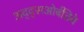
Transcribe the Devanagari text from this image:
अद्द्सओर्बतिवे